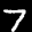
Digit: 7